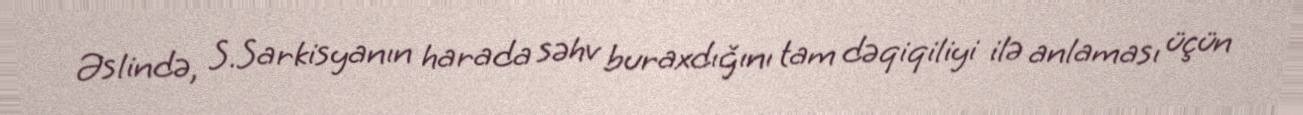
Əslində, S.Sarkisyanın harada səhv buraxdığını tam dəqiqiliyi ilə anlaması üçün